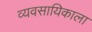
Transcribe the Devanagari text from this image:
व्यवसायिकाला